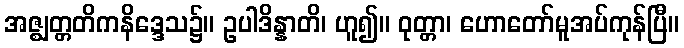
အဇ္ဈတ္တတိကနိဒ္ဒေသ၌။ ဥပါဒိန္နာတိ၊ ဟူ၍။ ဝုတ္တာ၊ ဟောတော်မူအပ်ကုန်ပြီ။